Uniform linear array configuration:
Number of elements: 16
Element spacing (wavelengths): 0.75
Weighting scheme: uniform
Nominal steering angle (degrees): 15
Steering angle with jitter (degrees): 16.998
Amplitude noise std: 0.05
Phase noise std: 0.05

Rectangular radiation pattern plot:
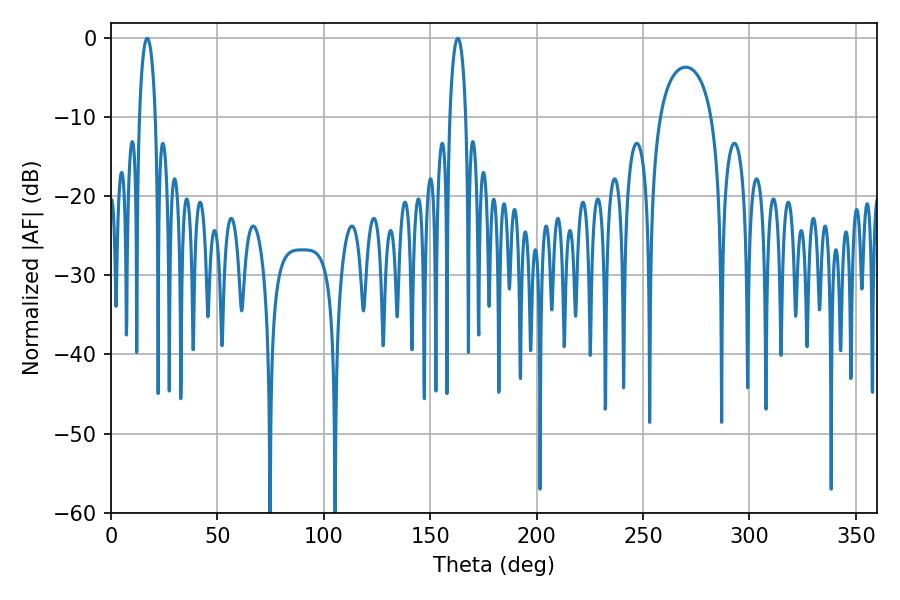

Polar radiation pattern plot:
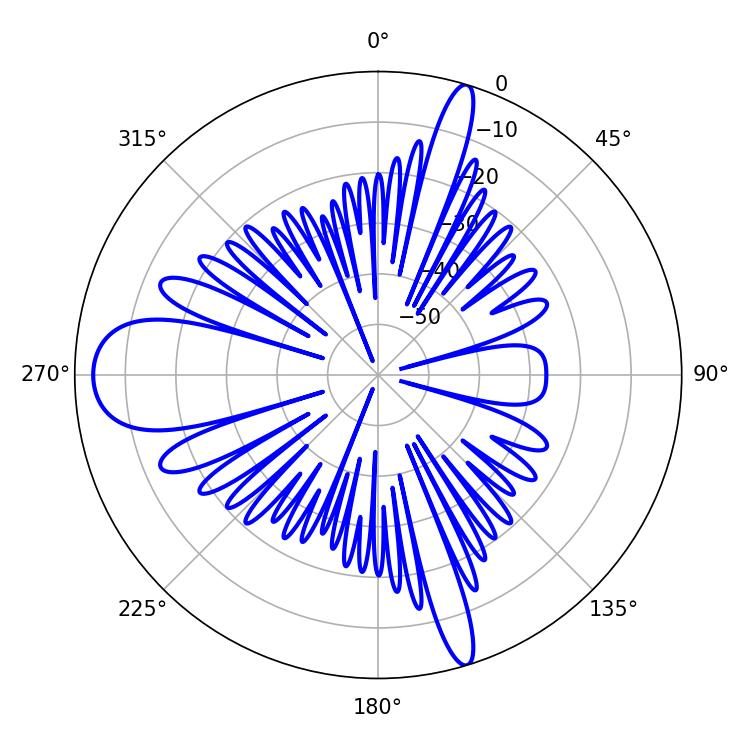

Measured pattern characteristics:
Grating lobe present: TRUE
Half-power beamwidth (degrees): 4.32
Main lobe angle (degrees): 162.9